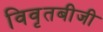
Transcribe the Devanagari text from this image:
विवृतबीजी